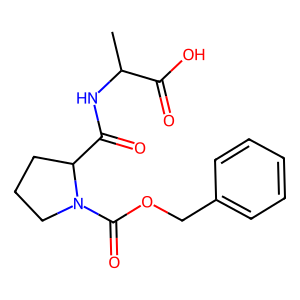
SMILES: CC(NC(=O)C1CCCN1C(=O)OCc1ccccc1)C(=O)O
Inhibits HIV replication: No